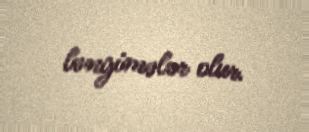
ləngimələr olur.